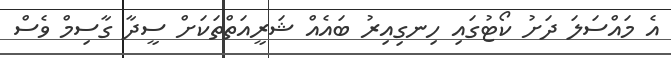
އެ މައްސަލަ ދަށު ކޯޓުގައި ހިނގިއިރު ބައެއް ޝަރީއަތްތަކަށް ސީދާ ގާސިމް ވެސް